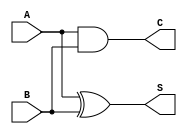
`timescale 1ns / 1ps
//////////////////////////////////////////////////////////////////////////////////
// Company: 
// Engineer: 
// 
// Design Name: 
// Module Name:    Half_Adder 
// Project Name: 
// Target Devices: 
// Tool versions: 
// Description: 
//
// Dependencies: 
//
// Revision: 
// Revision 0.01 - File Created
// Additional Comments: 
//
//////////////////////////////////////////////////////////////////////////////////
module Half_Adder(A,B,S,C);

input A;
input B;
output S;
output C;

assign S = A^B;
assign C = A&B;

endmodule